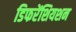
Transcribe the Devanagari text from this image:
डिफरेंशियशन